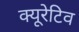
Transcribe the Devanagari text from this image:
क्यूरेटिव